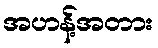
အဟန့်အတား